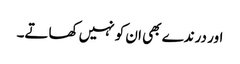
اور درندے بھی ان کو نہیں کھاتے۔